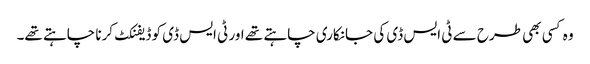
وہ کسی بھی طرح سے ٹی ایس ڈی کی جانکاری چاہتے تھے اور ٹی ایس ڈی کو ڈیفنکٹ کرنا چاہتے تھے۔